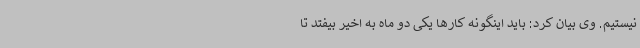
نیستیم. وی بیان کرد: باید اینگونه کارها یکی دو ماه به اخیر بیفتد تا